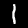
Label: 1